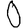
Digit: 0